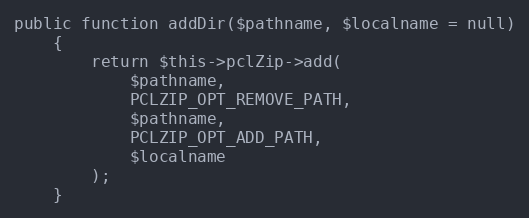
Language: PHP
public function addDir($pathname, $localname = null)
    {
        return $this->pclZip->add(
            $pathname,
            PCLZIP_OPT_REMOVE_PATH,
            $pathname,
            PCLZIP_OPT_ADD_PATH,
            $localname
        );
    }